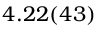
4 . 2 2 ( 4 3 )